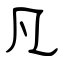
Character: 凡